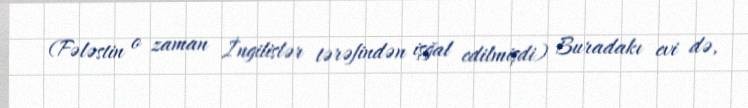
(Fələstin o zaman İngilislər tərəfindən işğal edilmişdi) Buradakı evi də,